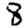
Digit: 8